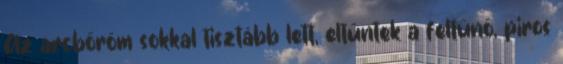
Az arcbőröm sokkal tisztább lett, eltűntek a feltűnő, piros